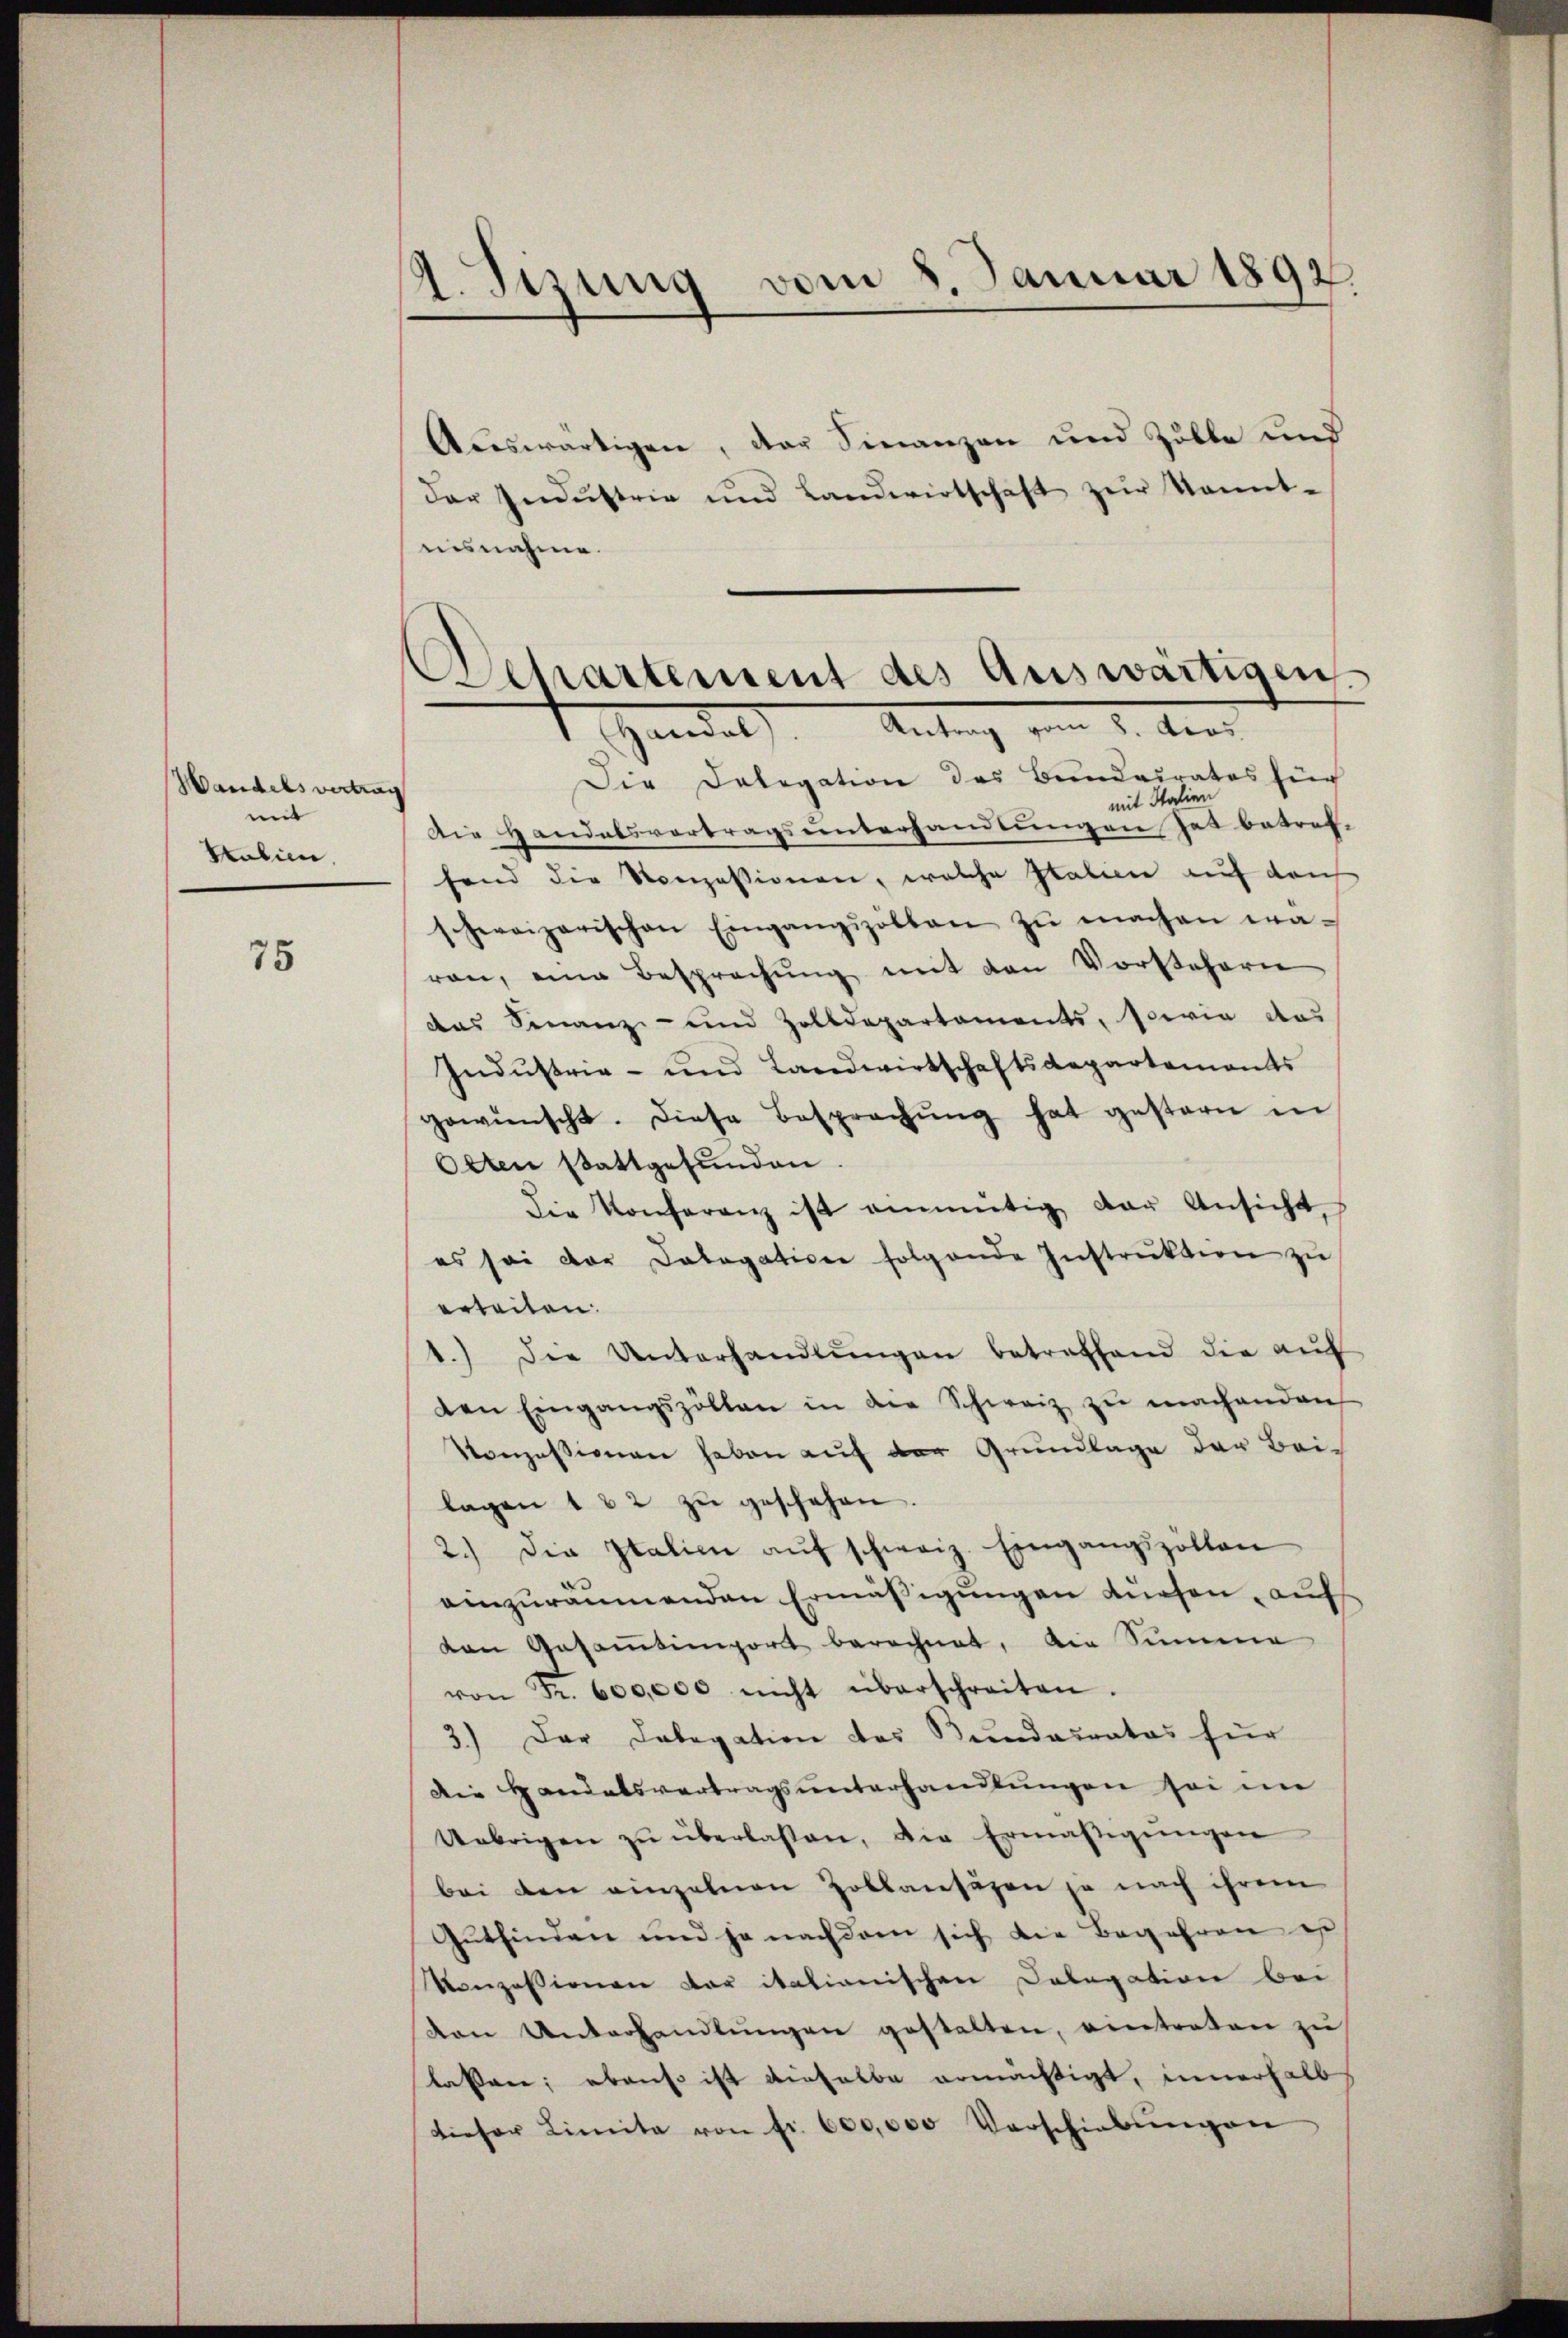
Wandels vertrag
mit
Kalien.

75

A. Sizung vom 8. Januar 1892.

Aceswärtigen, der Finanzen und Zölle und
der Indŭstrie und Landwirtschaft zur kannt-
uisnahme.
Die Delegation des Bendairates für
mit Italien
Die Handelsvertragsunterhandlungen hat betref-
fand die Konzessionen, welche Italien auf den
schweizerischen Eingangspolten zŭ machen wa-
ren, eine Besprechŭng mit den Vorstehern
das Finanz- und Zolldepartaments, sowie das
Indŭstrie- und Landwirtschaftsdepartements
gewünscht. Diese Besprechŭng hat gestern in
Otten stattgefunden.
Die Konferenz ist einmütig der Ansicht,
es sei der Delegation folgende Instrŭktion zŭ
erteilen.
1.) Die Unterhandlŭngen betreffend die aŭf
den Eingangszöllen in die Schweiz zŭ machenden
Konzessionen haben auf der Grundlage der Beilagen 1 & 2 zŭ geschehen.
2.) Die Italien aŭf schweiz. Eingangszöllen
einzuräumenden Ermässigungen diesen, auf
van Gesamtingert berechnet, die Summe
von Fr. 600,000 nicht überschreiten.
3.) Der Dolegation des Bundeuratos zur
Die Handelsvertragsunterhandlungen sei im
Uebrigen zŭ überlassen, die Ermäβigŭngen
bei den einzelnen Zollansäzen ja nach ihrem
Gŭtfinden und je nachdem sich die Begehren es
Konzessionen der italianischen Delegation bei
den Unterhandlŭngen gestalten, eintreten zu
lassen; ebenso ist dieselbe ermächtigt, innerhalb
dieser Limita von fr. 600,000 Verschiebŭngen

Departement des Auswärtigen
Handels Antrag vom 2. der